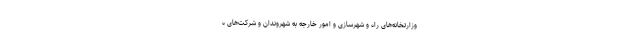
وزارتخانه‌های راه و شهرسازی و امور خارجه به شهروندان و شرکت‌های ه